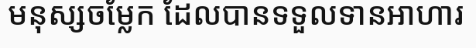
មនុស្សចម្លែក ដែលបានទទួលទានអាហារ